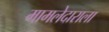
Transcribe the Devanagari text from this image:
मामलेदाराला